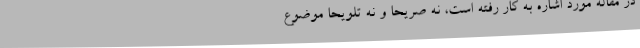
در مقاله مورد اشاره‌ به کار رفته است، نه صریحاً و نه تلویحاً موضوع